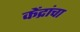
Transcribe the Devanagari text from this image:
केंद्रांचा